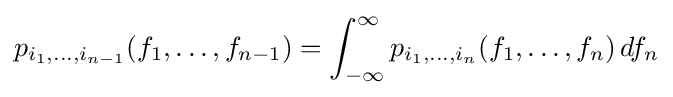
p_{i_{1},\ldots ,i_{n-1}}(f_{1},\ldots ,f_{n-1})=\int _{-\infty }^{\infty }p_{i_{1},\ldots ,i_{n}}(f_{1},\ldots ,f_{n})\,df_{n}